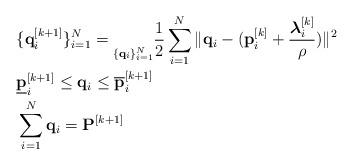
LaTeX: \begin{align*}& \{\mathbf{q}_i^{[k+1]}\}_{i=1}^N = \underset{\{\mathbf{q}_i\}_{i=1}^N}{} \frac{1}{2}\sum_{i=1}^N \|\mathbf{q}_i - (\mathbf{p}_i^{[k]} + \frac{\boldsymbol{\lambda}^{[k]}_i}{\rho})\|^2 \\& \underline{\mathbf{p}}_i^{[k + 1]} \leq \mathbf{q}_i \leq \overline{\mathbf{p}}_i^{[k+1]} \\& \sum_{i=1}^N \mathbf{q}_i = \mathbf{P}^{[k+1]}\end{align*}